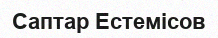
Саптар Естемісов